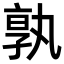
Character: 𭓔